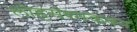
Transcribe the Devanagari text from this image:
लोहसंश्मकवन